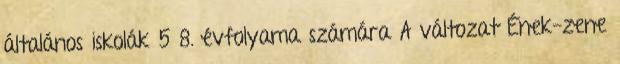
általános iskolák 5 8. évfolyama számára A változat Ének-zene